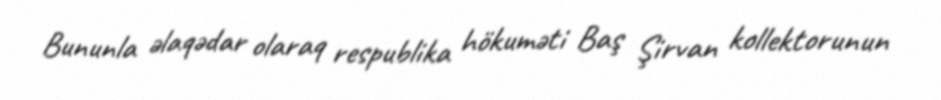
Bununla əlaqədar olaraq respublika hökuməti Baş Şirvan kollektorunun